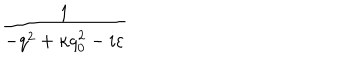
\frac { 1 } { - q ^ { 2 } + \kappa q _ { 0 } ^ { 2 } - i \varepsilon }